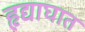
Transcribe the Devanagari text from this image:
हृद्याघात